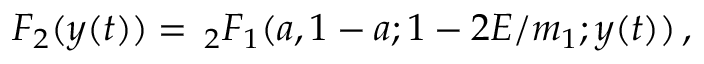
F _ { 2 } ( y ( t ) ) = \, _ { 2 } F _ { 1 } ( a , 1 - a ; 1 - 2 E / m _ { 1 } ; y ( t ) ) \, ,